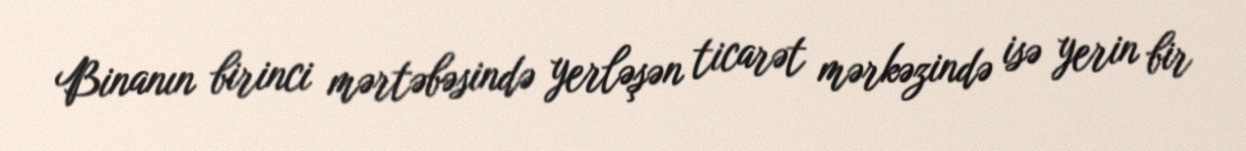
Binanın birinci mərtəbəsində yerləşən ticarət mərkəzində isə yerin bir